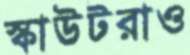
স্কাউটরাও